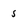
Character: 5